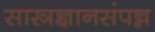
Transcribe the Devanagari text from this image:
सास्त्रज्ञानसंपन्न